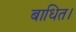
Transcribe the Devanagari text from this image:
बाधित।